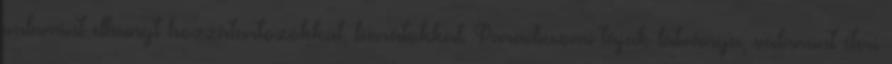
valamint elhunyt hozzátartozókkal, barátokkal. Paradicsomi tájak látványa, valamint éteri